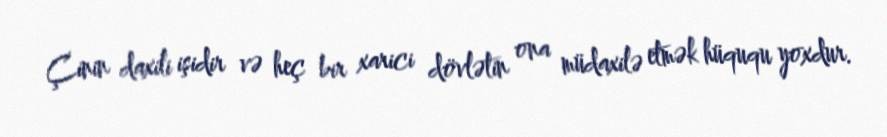
Çinin daxili işidir və heç bir xarici dövlətin ona müdaxilə etmək hüququ yoxdur.